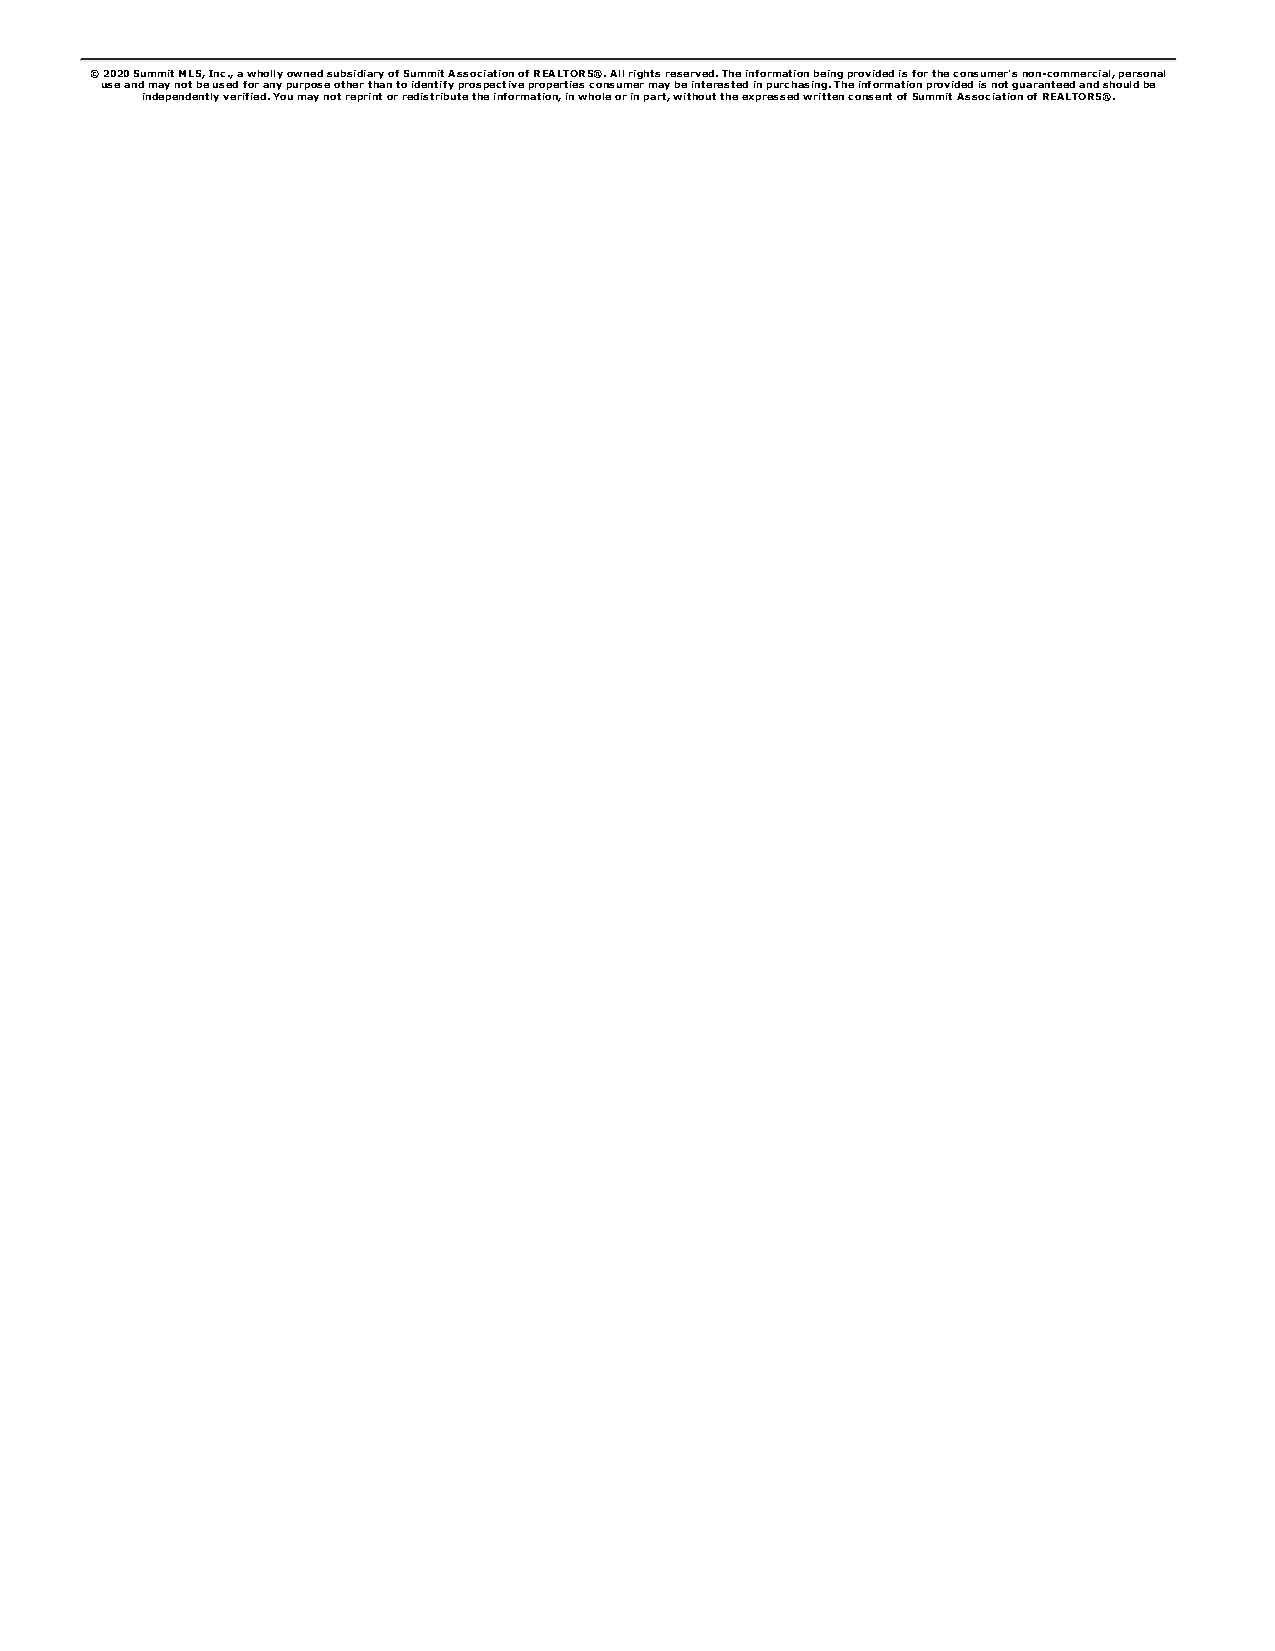
© 2020 Summit MLS, Inc., a wholly owned subsidiary of Summit Association of REALTORS®. All rights reserved. The information being provided is for the consumer's non-commercial, personal
 use and may not be used for any purpose other than to identify prospective properties consumer may be interested in purchasing. The information provided is not guaranteed and should be
 independently verified. You may not reprint or redistribute the information, in whole or in part, without the expressed written consent of Summit Association of REALTORS®.